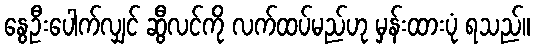
နွေဦးပေါက်လျှင် ဆွီလင်ကို လက်ထပ်မည်ဟု မှန်းထားပုံ ရသည်။